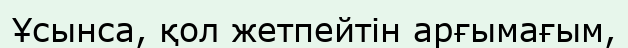
Ұсынса, қол жетпейтін арғымағым,